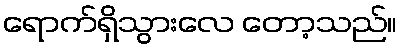
ရောက်ရှိသွားလေ တော့သည်။